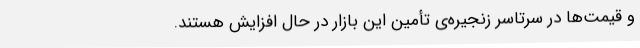
و قیمت‌ها در سرتاسر زنجیره‌ی تأمین این بازار در حال افزایش هستند.